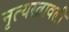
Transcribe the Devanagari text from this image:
नृत्यरत्नावली